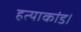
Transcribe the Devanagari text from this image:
हत्याकांड।